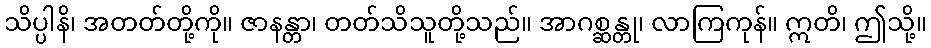
သိပ္ပါနိ၊ အတတ်တို့ကို။ ဇာနန္တာ၊ တတ်သိသူတို့သည်။ အာဂစ္ဆန္တု၊ လာကြကုန်။ ဣတိ၊ ဤသို့။